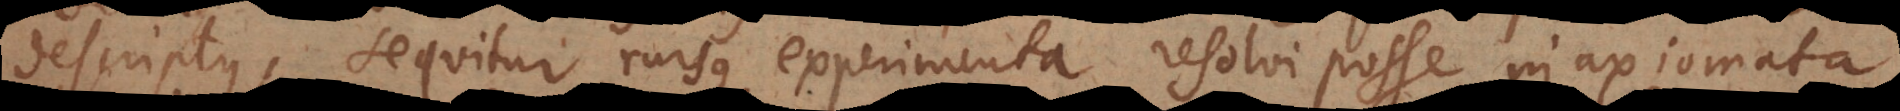
descriptus, sequitur rursus experimenta resolvi posse in axiomata,